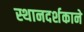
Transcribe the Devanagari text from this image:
स्थानदर्शकाने